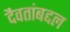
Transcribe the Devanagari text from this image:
दैवतांबद्दल